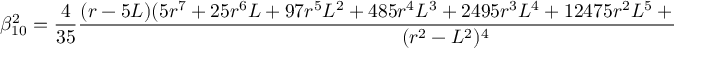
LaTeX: \beta _ { 1 0 } ^ { 2 } = \frac { 4 } { 3 5 } \frac { ( r - 5 L ) ( 5 r ^ { 7 } + 2 5 r ^ { 6 } L + 9 7 r ^ { 5 } L ^ { 2 } + 4 8 5 r ^ { 4 } L ^ { 3 } + 2 4 9 5 r ^ { 3 } L ^ { 4 } + 1 2 4 7 5 r ^ { 2 } L ^ { 5 } + 6 2 2 3 5 L ^ { 6 } + 7 L ^ { 7 } ) } { ( r ^ { 2 } - L ^ { 2 } ) ^ { 4 } } .